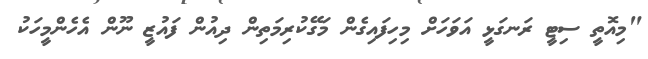
"މިއޮތީ ސިޓީ ރަނގަޅީ އަވަހަށް މިހިފައިގެން މަގޭކުރިމަތިން ދިއުން ފައުޒީ ނޫން އެހެންމީހަކު